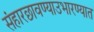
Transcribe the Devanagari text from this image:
संहारछावण्याउभारण्यात